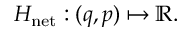
\begin{array} { r } { H _ { \mathrm { n e t } } : ( q , p ) \mapsto \mathbb { R } . } \end{array}